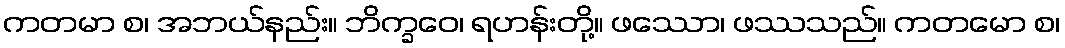
ကတမာ စ၊ အဘယ်နည်း။ ဘိက္ခဝေ၊ ရဟန်းတို့။ ဖဿော၊ ဖဿသည်။ ကတမော စ၊